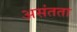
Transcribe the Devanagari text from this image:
असंतता